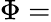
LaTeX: \Phi=